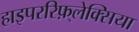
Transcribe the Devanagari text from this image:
हाइपररिफ़्लेक्सिया